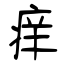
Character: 痒